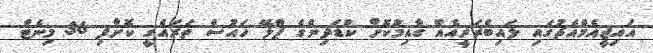
އައިޖީއެމްއެޗުގައި ލައިބްރަރީއެއް ގާއިމުކޮށް ކުޑަދިންގެ ޕްލޭ ހައުސް ތަރައްގީ ކޮށްފި 36 މިނެޓް